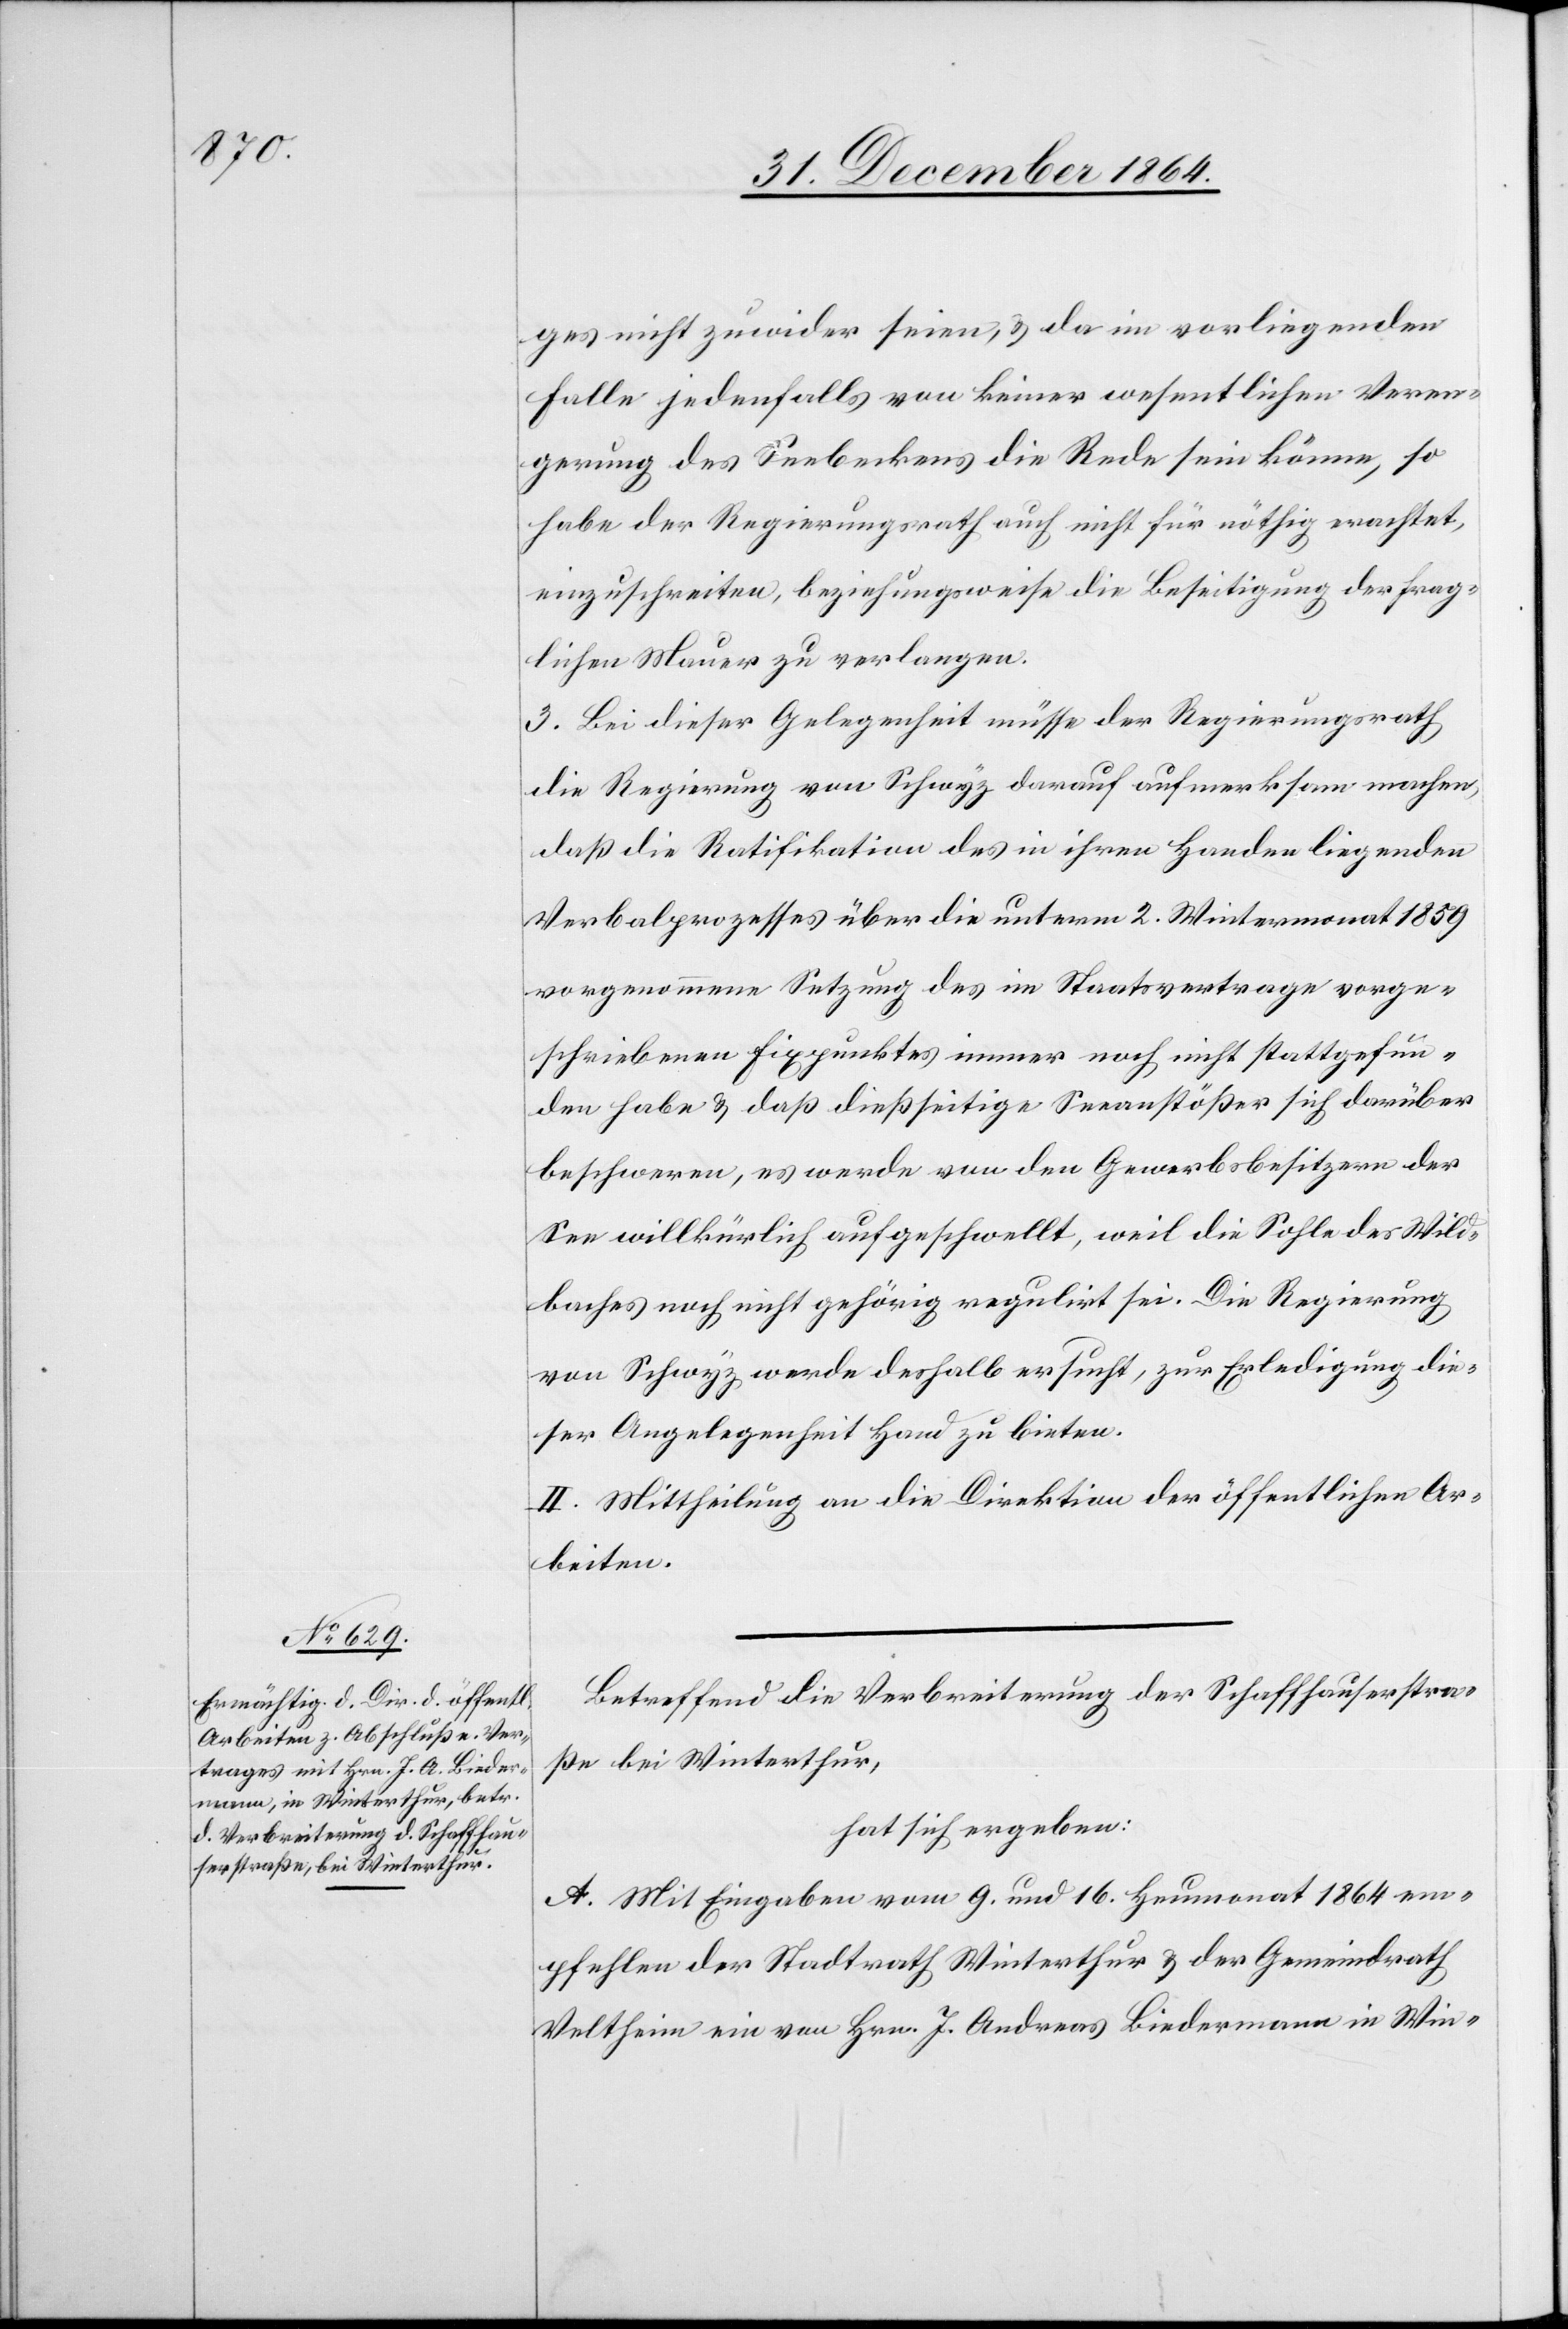
ges nicht zuwider seien, & da im vorliegenden
Falle jedenfalls von keiner wesentlichen Veren¬
gerung des Seebeckens die Rede sein könne, so
habe der Regierungsrath auch nicht für nöthig erachtet,
einzuschreiten, beziehungsweise die Beseitigung der frag¬
lichen Mauer zu verlangen.
3. Bei dieser Gelegenheit müsse der Regierungsrath
die Regierung von Schwyz darauf aufmerksam machen,
daß die Ratifikation des in ihren Handen liegenden
Verbalprozesses über die unterm 2. Wintermonat 1859
vorgenommene Setzung des im Staatsvertrage vorge¬
schriebenen Fixpunktes immer noch nicht stattgefun¬
den habe & daß dießseitige Seeanstößer sich darüber
beschweren, es werde von den Gewerbsbesitzern der
See willkürlich aufgeschwellt, weil die Sohle des Wild¬
baches noch nicht gehörig regulirt sei. Die Regierung
von Schwyz werde deshalb ersucht, zur Erledigung die¬
ser Angelegenheit Hand zu bieten.
II. Mittheilung an die Direktion der öffentlichen Ar¬
beiten.
Betreffend die Verbreiterung der Schaffhauserstra¬
ße bei Winterthur,
hat sich ergeben:
A. Mit Eingaben vom 9. und 16. Heumonat 1864 em¬
pfehlen der Stadtrath Winterthur & der Gemeindrath
Veltheim ein von Hrn. J. Andreas Biedermann in Win-